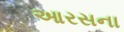
આરસના